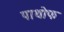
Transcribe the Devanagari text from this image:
पाथोफ